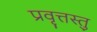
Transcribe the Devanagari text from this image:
प्रवृत्तस्तु